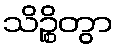
သိဉ္စိတွာ